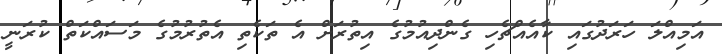
އަމިއްލަ ހަރަދުގައި ކާއެއްޗެހި ގެންދިއުމުގެ އިތުރަށް އެ ތަކެތި އެތުރުމުގެ މަސައްކަތް ކުރަނީ